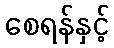
စေရန်နှင့်